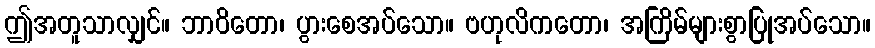
ဤအတူသာလျှင်။ ဘာဝိတော၊ ပွားစေအပ်သော။ ဗဟုလိကတော၊ အကြိမ်များစွာပြုအပ်သော။